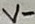
Text: V-